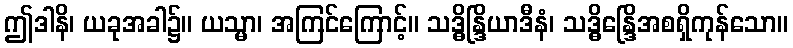
ဤဒါနိ၊ ယခုအခါ၌။ ယသ္မာ၊ အကြင်ကြောင့်။ သဒ္ဓိန္ဒြိယာဒီနံ၊ သဒ္ဓိန္ဒြေိအစရှိကုန်သော။